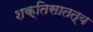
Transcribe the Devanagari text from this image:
शक्तिसातत्य